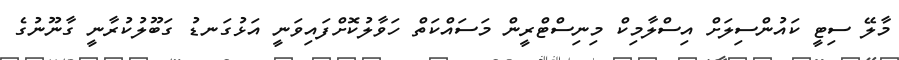
މާލޭ ސިޓީ ކައުންސިލަށް އިސްލާމިކް މިނިސްޓްރީން މަސައްކަތް ހަވާލުކޮށްފައިވަނީ އަޅުގަނޑު ގަބޫލުކުރާނީ ގާނޫނުގެ